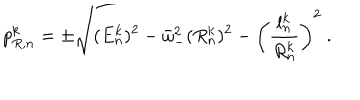
p _ { R , n } ^ { k } = \pm \sqrt { ( E _ { n } ^ { k } ) ^ { 2 } - \bar { \omega } _ { - } ^ { 2 } ( R _ { n } ^ { k } ) ^ { 2 } - \left( \frac { l _ { n } ^ { k } } { R _ { n } ^ { k } } \right) ^ { 2 } } \ .